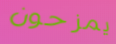
يمزحون